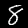
Label: 8